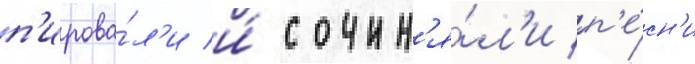
п'ирова́л'и и́ сочин'я́л'и п'е́сн'и